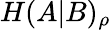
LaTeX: H(A|B)_{\rho}